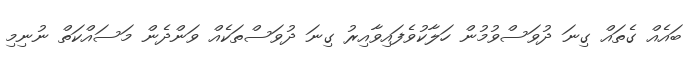
ބައެއް ގެތައް ގިނަ ދުވަސްވުމުން ހަލާކުވެފައިވާއިރު ގިނަ ދުވަސްތަކެއް ވަންދެން މަސައްކަތް ނުނިމި